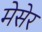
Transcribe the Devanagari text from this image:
मेसेर